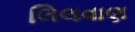
લિલવાણ